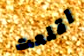
اقلعت